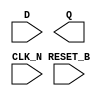
module sky130_fd_sc_hs__dfrtn (
    //# {{data|Data Signals}}
    input  D      ,
    output Q      ,

    //# {{control|Control Signals}}
    input  RESET_B,

    //# {{clocks|Clocking}}
    input  CLK_N
);

    // Voltage supply signals
    supply1 VPWR;
    supply0 VGND;

endmodule